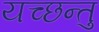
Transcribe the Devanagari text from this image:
यच्छन्तु